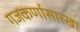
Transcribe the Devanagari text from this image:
गजकर्णासारखा